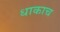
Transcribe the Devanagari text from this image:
धाकाच